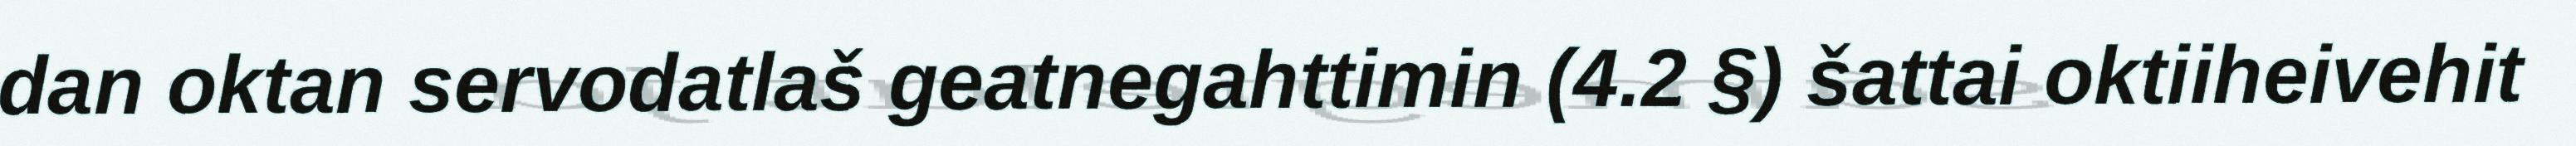
dan oktan servodatlaš geatnegahttimin (4.2 §) šattai oktiiheivehit